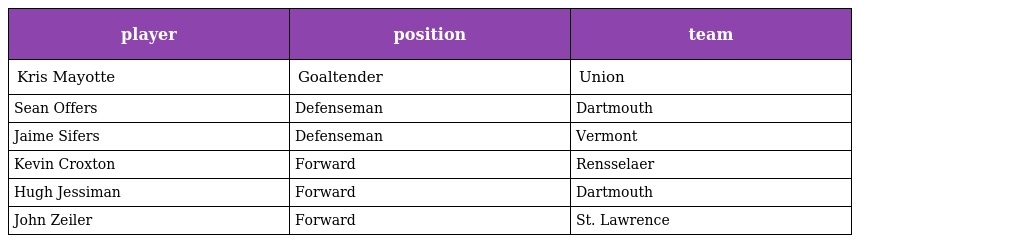
| player | position | team |
 | --- | --- | --- |
 | Kris Mayotte | Goaltender | Union |
 | Sean Offers | Defenseman | Dartmouth |
 | Jaime Sifers | Defenseman | Vermont |
 | Kevin Croxton | Forward | Rensselaer |
 | Hugh Jessiman | Forward | Dartmouth |
 | John Zeiler | Forward | St. Lawrence |